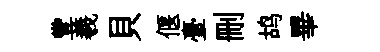
豐羲貝偃臺删鸪畢